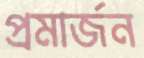
প্রমার্জন